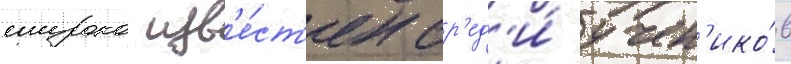
широко изв'е́ст'ен ср'ед'и́ учен'ико́в